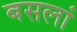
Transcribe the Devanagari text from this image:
बसलां